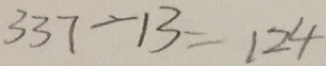
3 3 7 - 1 3 = 1 2 4